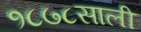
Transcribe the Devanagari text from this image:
१८७८साली